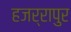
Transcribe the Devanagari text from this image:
हजर्रापुर